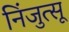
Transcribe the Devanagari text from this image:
निंजुत्सू